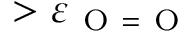
> \varepsilon _ { \mathrm { ~ O ~ } = \mathrm { ~ O ~ } }